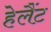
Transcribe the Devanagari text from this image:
हेलैंट